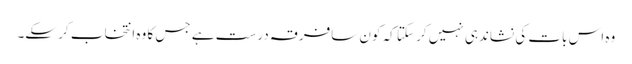
وہ اس بات کی نشاندہی نہیں کر سکتا کہ کون سافرقہ درست ہے جس کا وہ انتخاب کر سکے۔